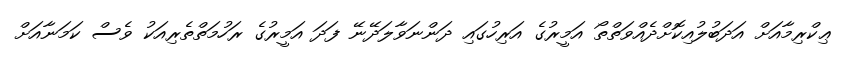
ޢިކްރިމާއަށް އަދަބުލުއިކޮށްދެއްވަތްތޯ އަމީރުގެ އަރިހުގައި ދަންނަވާލަދޭނޭ ފަދަ އަމީރުގެ ރަހުމަތްތެރިއަކު ވެސް ކަމަނާއަށް